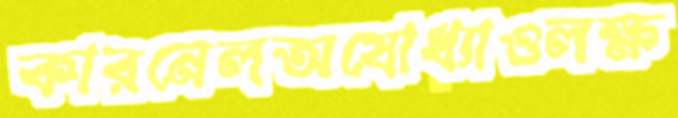
কারনেলঅযোধ্যাওলক্ষ